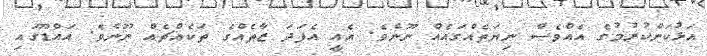
އަޅުކަންކުރުމުގެ އެއްވެސް ނިޔަތެއްގައެއް ނޫނެވެ. އެއީ އެފަދަ ޒާތެއްގެ ތަކެއްޗެއް ނޫނެވެ. އައްޑޫގައި